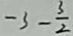
- 3 - \frac { 3 } { 2 }